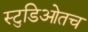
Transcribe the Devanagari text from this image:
स्टुडिओतच